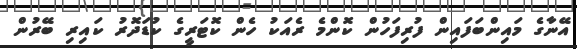
އޭނާގެ މައިންބަފައިން ފުރިފަހުން ކޮންމެ ރެއަކު ހެން ކޮޓަރީގެ ކުޑަދޮރު ކައިރި ބޭރުން